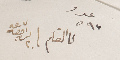
عدد ٥٩٧ الى القلم ٢٠ تشرين اول ٩٢٧